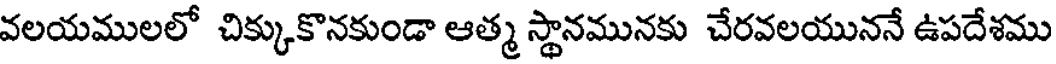
వలయములలో చిక్కుకొనకుండా ఆత్మ స్థానమునకు చేరవలయుననే ఉపదేశము